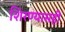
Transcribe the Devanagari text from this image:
शिरण्यासही